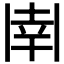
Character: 𫡈